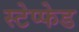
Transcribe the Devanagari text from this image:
स्टेप्फेड